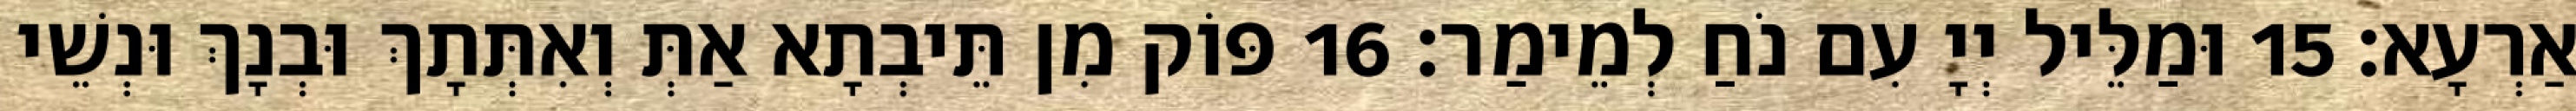
אַרְעָא׃ 15 וּמַלֵּיל יְיָ עִם נֹחַ לְמֵימַר׃ 16 פּוֹק מִן תֵּיבְתָא אַתְּ וְאִתְּתָךְ וּבְנָךְ וּנְשֵׁי